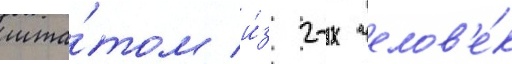
шта́том и́з 2-х челов'е́к